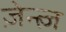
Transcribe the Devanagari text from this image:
ज़ेन्त्ज़